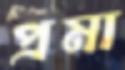
প্রমা